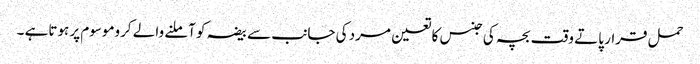
حمل قرار پاتے وقت بچہ کی جنس کا تعین مرد کی جانب سے بیضہ کو آملنے والے کروموسوم پر ہوتاہے ۔